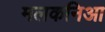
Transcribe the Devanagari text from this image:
मलकनिआ